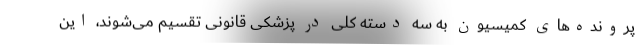
پرونده‌های کمیسیون به سه دسته کلی در پزشکی قانونی تقسیم می‌شوند، این